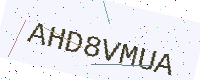
Text: AHD8VMUA